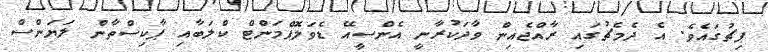
ޕިޗުގައެވެ. އެ ދެމެޗުގައި ރާއްޖެއިން ވާދަކުރާނީ އެންސީއޭ ޑެވަލޮޕްމަންޓް ކްލަބާއި ޕާކިސްތާން ލަޔަންސް